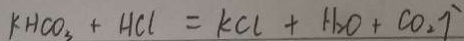
k H C O _ { 3 } + H C l = k C l + H _ { 2 } O + C O _ { 2 } \uparrow